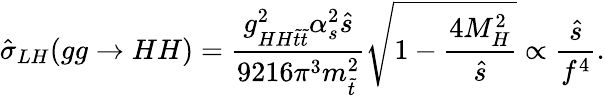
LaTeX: \hat{\sigma}_{LH}(gg\to HH)=\frac{g_{HH\tilde{t}\tilde{t}}^{2}\alpha_{s}^{2}\hat{s}}{9216\pi^{3}m_{\tilde{t}}^{2}}\sqrt{1-\frac{4M_{H}^{2}}{\hat{s}}}\propto\frac{\hat{s}}{f^{4}}.